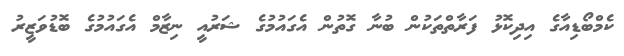
ކެމްބޯޑިއާގެ އިދިކޮޅު ފަރާތްތަކުން ބުނާ ގޮތުން އެގައުމުގެ ޝަރުއީ ނިޒާމް އެގައުމުގެ ބޮޑުވަޒީރު